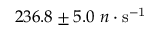
2 3 6 . 8 \pm 5 . 0 ~ n \cdot \mathrm { s ^ { - 1 } }